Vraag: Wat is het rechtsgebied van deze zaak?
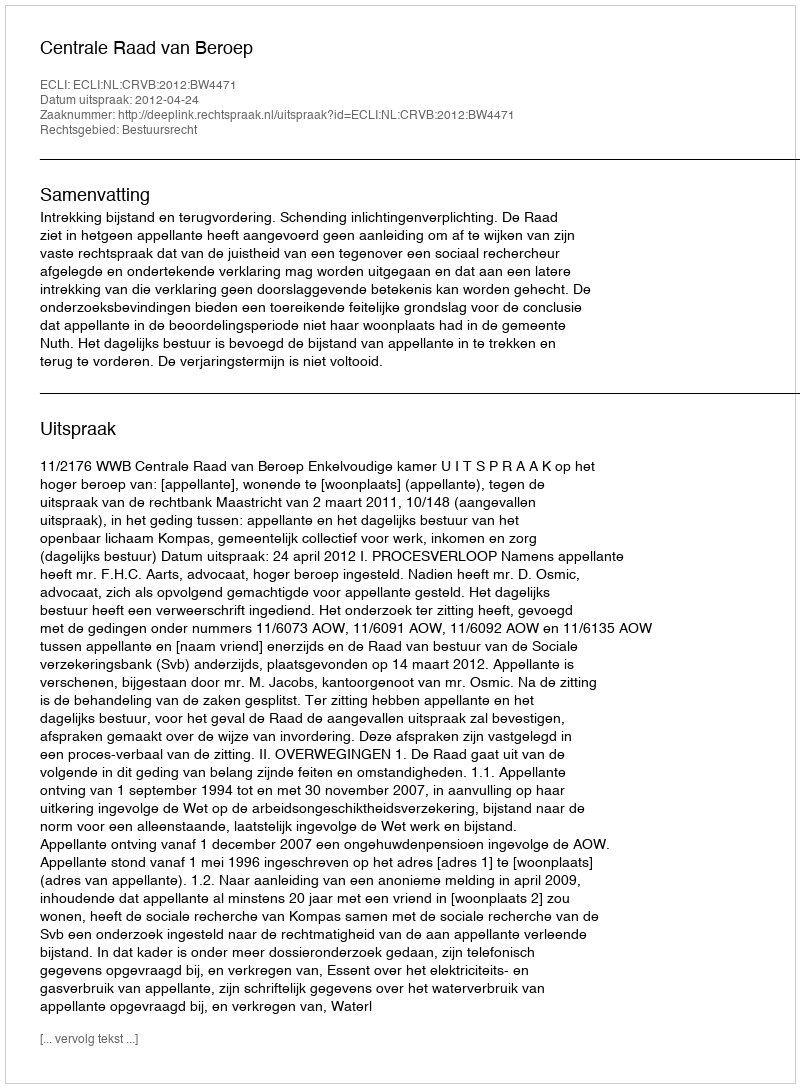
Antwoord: Bestuursrecht